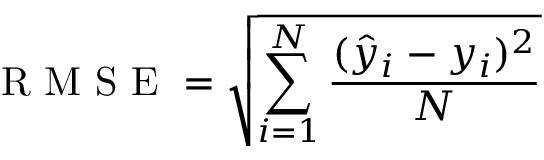
\mathrm { ~ R ~ M ~ S ~ E ~ } = \sqrt { \sum _ { i = 1 } ^ { N } \frac { ( \hat { y } _ { i } - y _ { i } ) ^ { 2 } } { N } }